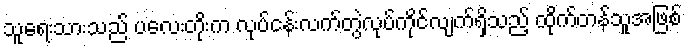
သူရေးသားသည် ပလေးတိုးက လုပ်ငန်းလက်တွဲလုပ်ကိုင်လျက်ရှိသည့် ထိုက်တန်သူအဖြစ်